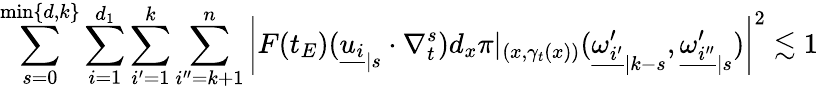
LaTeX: \sum_{s=0}^{\operatorname*{min}\{ d,k\} }\sum_{i=1}^{d_{1}}\sum_{i^{\prime}=1}^{k}\sum_{i^{\prime\prime}=k+1}^{n}\left|F(t_{E})({\underline{{u_{i}}}}_{|s}\cdot\nabla_{t}^{s})d_{x}\pi|_{(x,\gamma_{t}(x))}({\underline{{\omega_{i^{\prime}}^{\prime}}}}_{|k-s},{\underline{{\omega_{i^{\prime\prime}}^{\prime}}}}_{|s})\right|^{2}\lesssim 1